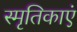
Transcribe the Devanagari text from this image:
स्मृतिकाएं